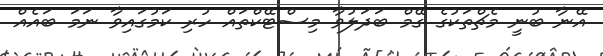
އޭނާ ބުނީ މެޗްތަކުގެ ގޭމް ބަދަލުވާ މިސްޓޭކްތައް ހުރި ކަމުގައިވާ ނަމަ ބައެއް